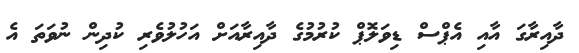
ދާއިރާގަ އާއި އެޕްސް ޑިވަލޮޕް ކުރުމުގެ ދާއިރާއަށް އަހުލުވެރި ކުދިން ނުވަތަ އެ